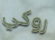
روكي